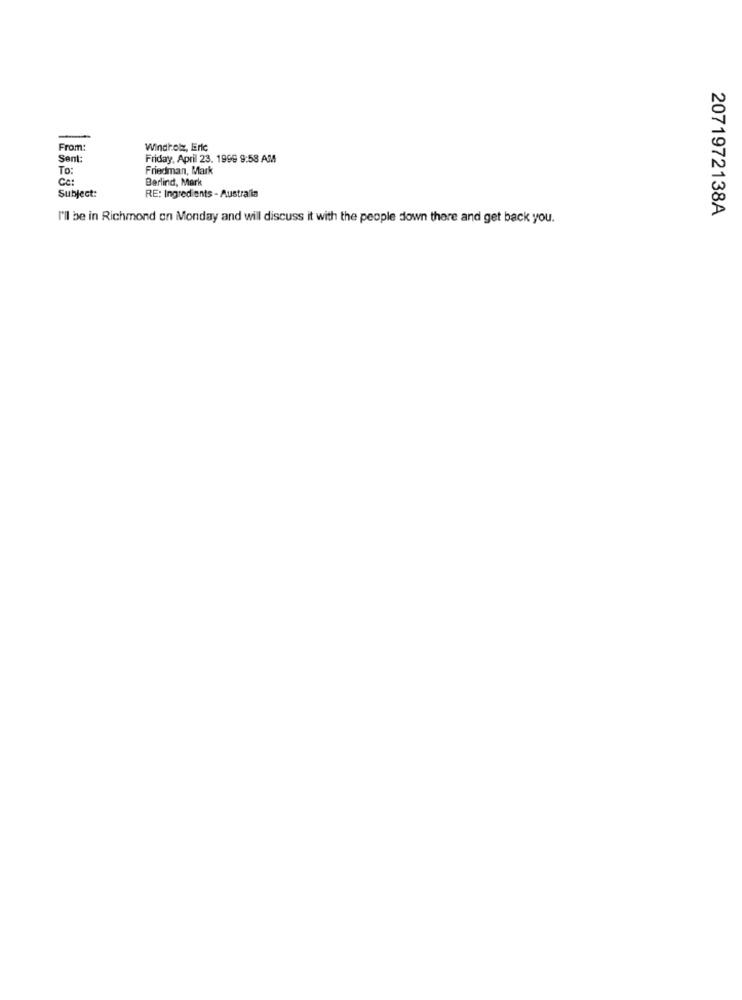
From:
Windholz, Eric
Sent:
Friday, April 23. 1999 9:58 AM
To:
Friedman, Mark
Ce:
Berlind, Mark
Subject:
RE: Ingredients - Australia
2071972138A
I'll be in Richmond on Monday and will discuss it with the people down there and get back you.